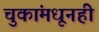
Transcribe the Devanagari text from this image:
चुकांमधूनही